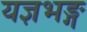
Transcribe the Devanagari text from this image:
यज्ञभङ्ग